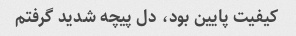
کیفیت پایین بود، دل پیچه شدید گرفتم